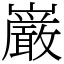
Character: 巌